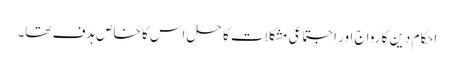
احکام دین کا رواج اور اجتماعی مشکلات کا حل اس کا خاص ہدف تھا۔